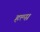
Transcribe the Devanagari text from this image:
हल्स